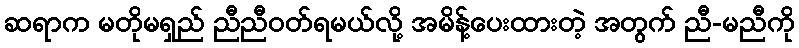
ဆရာက မတိုမရှည် ညီညီဝတ်ရမယ်လို့ အမိန့်ပေးထားတဲ့ အတွက် ညီ-မညီကို